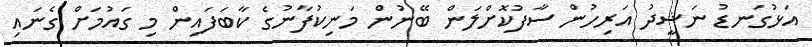
އަޅުގަނޑު ނަޝީދު އަރިހުން ސާފުކޮށްލަން ބޭނުން މަނިކުފާނުގެ ކާބަފައިން މި ގައުމަށް ގެނައި